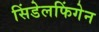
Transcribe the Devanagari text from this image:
सिंडेलफिंगेन